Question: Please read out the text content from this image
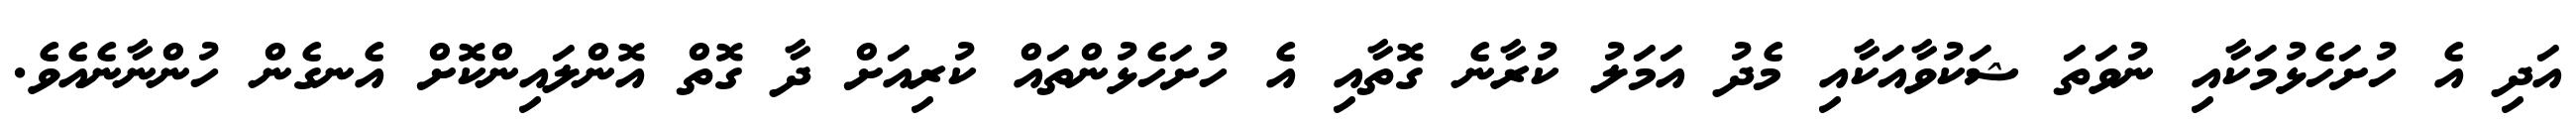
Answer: އަދި އެ ހުށަހެޅުމަކާއި ނުވަތަ ޝަކުވާއަކާއި މެދު އަމަލު ކުރާނެ ގޮތާއި އެ ހުށަހެޅުންތައް ކުރިއަށް ދާ ގޮތް އޮންލައިންކޮށް އެނގެން ހުންނާނެއެވެ.